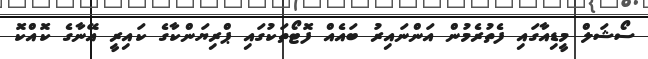
ސޯޝަލް މީޑިއާގައި ފެތުރެމުން އަންނައިރު ބައެއް ފޮޓޯތަކުގައި ޕްރިޔަންކާގެ ކައިރީ އޭނާގެ ކޮއްކޮ